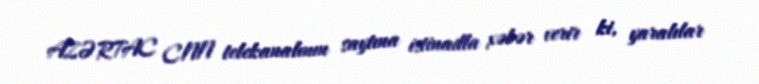
AZƏRTAC CNN telekanalının saytına istinadla xəbər verir ki, yaralılar